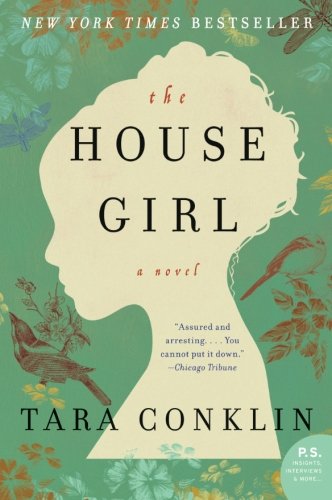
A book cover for The House Girl: A Novel (P.S.); Tara Conklin; Literature & Fiction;